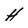
Character: H